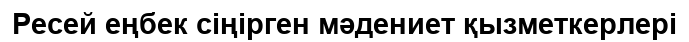
Ресей еңбек сіңірген мәдениет қызметкерлері